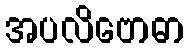
အပလိဗောဓာ